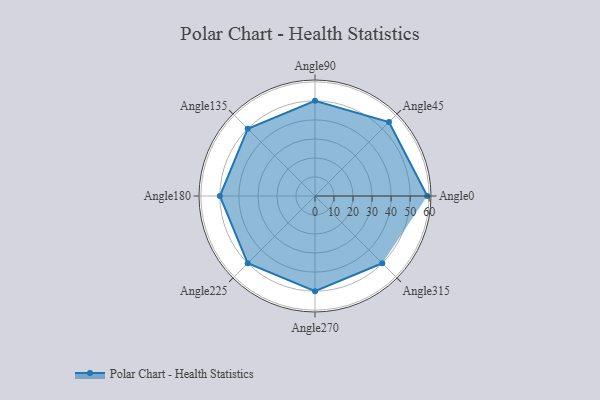
{"axis": {"x": "Angle", "y": "Radius"}, "legend": [""], "data": [{"x": "Angle0", "y": 59.0, "type": ""}, {"x": "Angle45", "y": 55.0, "type": ""}, {"x": "Angle90", "y": 50, "type": ""}, {"x": "Angle135", "y": 50, "type": ""}, {"x": "Angle180", "y": 50, "type": ""}, {"x": "Angle225", "y": 50, "type": ""}, {"x": "Angle270", "y": 50, "type": ""}, {"x": "Angle315", "y": 50, "type": ""}]}